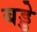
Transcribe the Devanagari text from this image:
बड्डे